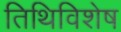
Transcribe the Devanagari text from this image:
तिथिविशेष